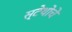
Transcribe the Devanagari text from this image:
स्टेथोचे